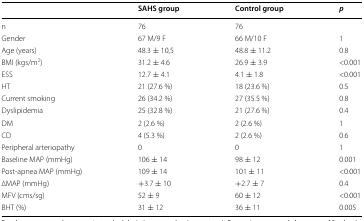
<table><thead><tr><td>[EMPTY_CELL]</td><td><b>SAHS group</b></td><td><b>Control group</b></td><td><b><i>p</i></b></td></tr></thead><tbody><tr><td>n</td><td>76</td><td>76</td><td>[EMPTY_CELL]</td></tr><tr><td>Gender</td><td>67 M/9 F</td><td>66 M/10 F</td><td>1</td></tr><tr><td>Age (years)</td><td>48.3 ± 10,5</td><td>48.8 ± 11.2</td><td>0.8</td></tr><tr><td>BMI (kgs/m<sup>2</sup>)</td><td>31.2 ± 4.6</td><td>26.9 ± 3.9</td><td>&lt;0.001</td></tr><tr><td>ESS</td><td>12.7 ± 4.1</td><td>4.1 ± 1.8</td><td>&lt;0.001</td></tr><tr><td>HT</td><td>21 (27.6 %)</td><td>18 (23.6 %)</td><td>0.5</td></tr><tr><td>Current smoking</td><td>26 (34.2 %)</td><td>27 (35.5 %)</td><td>0.8</td></tr><tr><td>Dyslipidemia</td><td>25 (32.8 %)</td><td>21 (27.6 %)</td><td>0.4</td></tr><tr><td>DM</td><td>2 (2.6 %)</td><td>2 (2.6 %)</td><td>1</td></tr><tr><td>CD</td><td>4 (5.3 %)</td><td>2 (2.6 %)</td><td>0.6</td></tr><tr><td>Peripheral arteriopathy</td><td>0</td><td>0</td><td>1</td></tr><tr><td>Baseline MAP (mmHg)</td><td>106 ± 14</td><td>98 ± 12</td><td>0.001</td></tr><tr><td>Post-apnea MAP (mmHg)</td><td>109 ± 14</td><td>101 ± 11</td><td>&lt;0.001</td></tr><tr><td>∆MAP (mmHg)</td><td>+3.7 ± 10</td><td>+2.7 ± 7</td><td>0.4</td></tr><tr><td>MFV (cms/sg)</td><td>52 ± 9</td><td>60 ± 12</td><td>&lt;0.001</td></tr><tr><td>BHT (%)</td><td>31 ± 12</td><td>36 ± 11</td><td>0.005</td></tr></tbody></table>